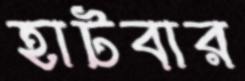
হাটবার